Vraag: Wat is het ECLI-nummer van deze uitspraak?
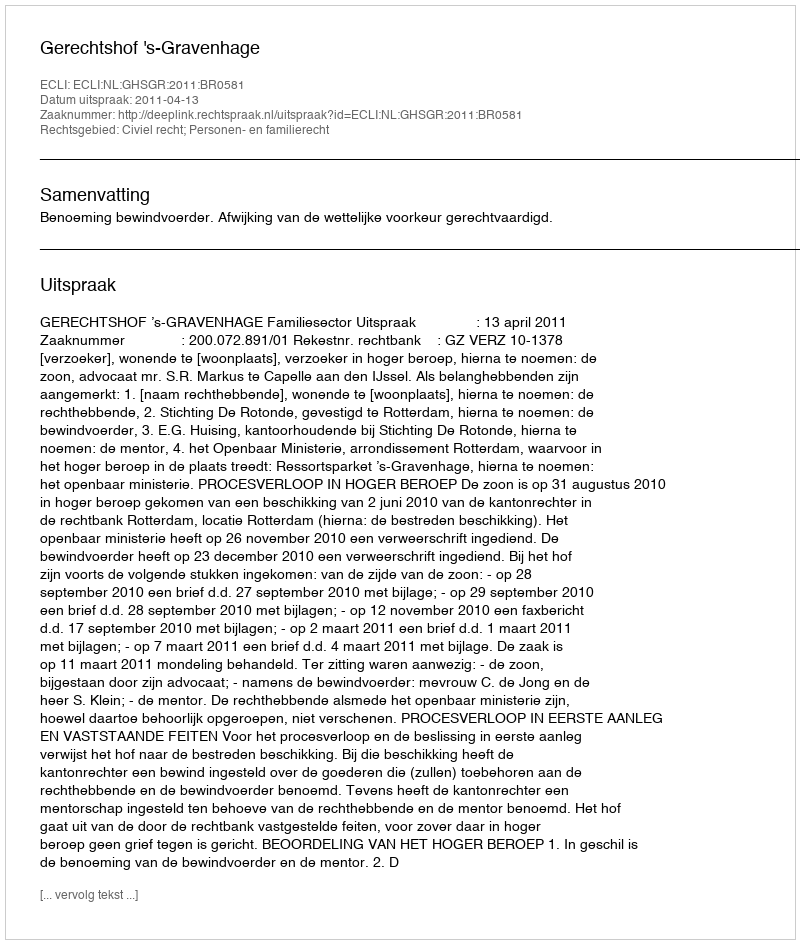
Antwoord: ECLI:NL:GHSGR:2011:BR0581